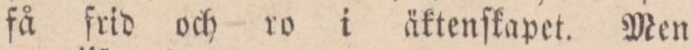
få frid och ro i äktenſkapet. Men